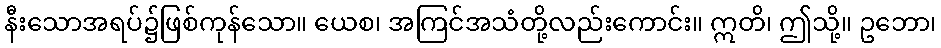
နီးသောအရပ်၌ဖြစ်ကုန်သော။ ယေစ၊ အကြင်အသံတို့လည်းကောင်း။ ဣတိ၊ ဤသို့။ ဥဘော၊